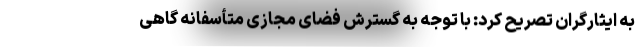
به ایثارگران تصریح کرد: با توجه به گسترش فضای مجازی متأسفانه گاهی